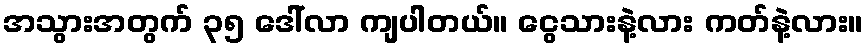
အသွားအတွက် ၃၅ ဒေါ်လာ ကျပါတယ်။ ငွေသားနဲ့လား ကတ်နဲ့လား။